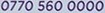
0770 560 0000